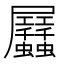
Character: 𧖏